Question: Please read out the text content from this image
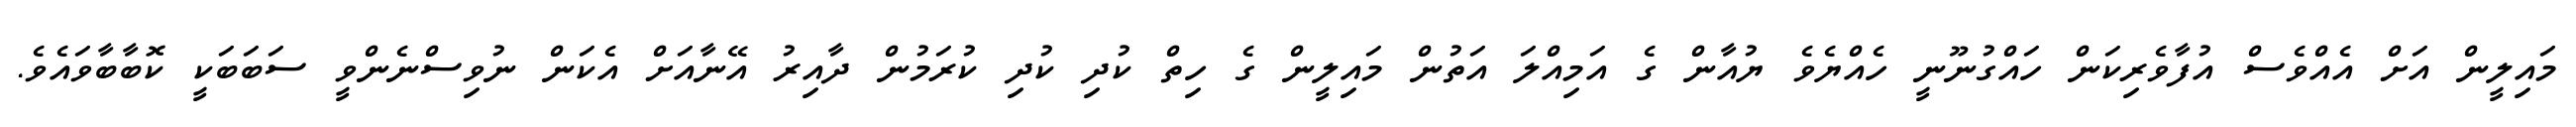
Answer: މައިލީން އަށް އެއްވެސް އުފާވެރިކަން ހައްގުނޫނީ ހެއްޔެވެ ޔުއާން ގެ އަމިއްލަ އަތުން މައިލީން ގެ ހިތް ކުދި ކުދި ކުރަމުން ދާއިރު އޭނާއަށް އެކަން ނުވިސްނެންވީ ސަބަބަކީ ކޮބާބާވައެވެ.